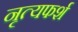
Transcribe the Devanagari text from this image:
नृत्यफर्श